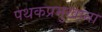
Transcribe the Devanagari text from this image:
पथकप्रमुखांना